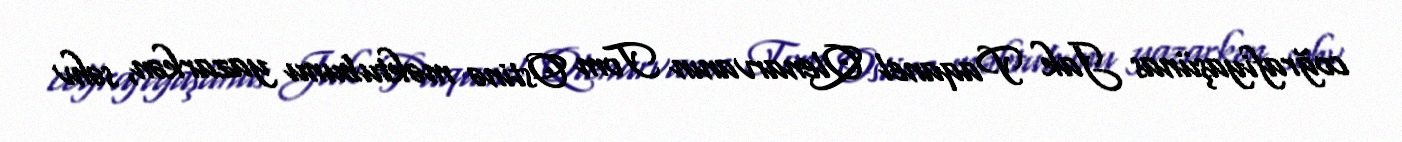
coğrafiyaşünas Jak Paqanel Qlenarvanın Tom Ostinə məktubunu yazarkən, səhv